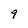
Character: 9